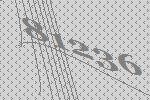
81236